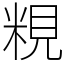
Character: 粯